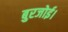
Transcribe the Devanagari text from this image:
बुरजोई।